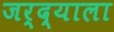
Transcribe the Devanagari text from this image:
जर्द्याला